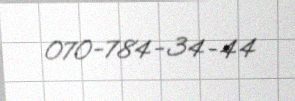
070-784-34-44